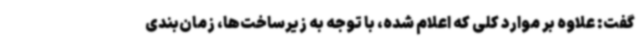
گفت: علاوه بر موارد کلی که اعلام شده، با توجه به زیرساخت‌ها، زمان‌بندی